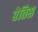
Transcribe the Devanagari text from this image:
बेतिस